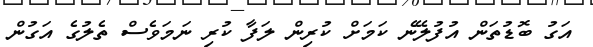
އަގު ބޮޑުތަން އުފުލޭނެ ކަމަށް ކުރިން ލަފާ ކުރި ނަމަވެސް ތެލުގެ އަގުން